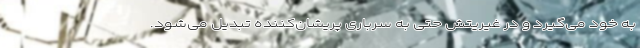
به خود می‌گیرد و در غیریتش حتی به سرباری پریشان‌کننده تبدیل می‌شود.